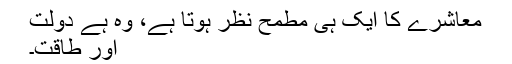
معاشرے کا ایک ہی مطمح نظر ہوتا ہے، وہ ہے دولت
اور طاقت۔